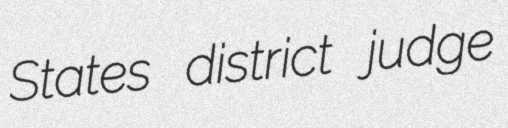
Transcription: States district judge